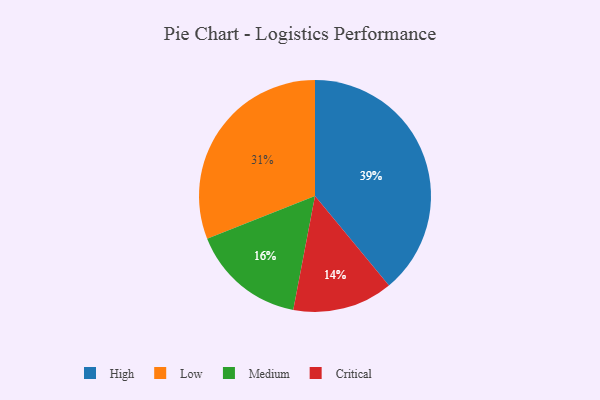
{"axis": {"x": "Category", "y": "Percentage"}, "legend": ["Critical", "High", "Low", "Medium"], "data": [{"x": "Medium", "y": 16, "type": "Medium"}, {"x": "Critical", "y": 14, "type": "Critical"}, {"x": "High", "y": 39, "type": "High"}, {"x": "Low", "y": 31, "type": "Low"}]}